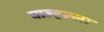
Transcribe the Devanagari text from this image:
वाल्हल्ला